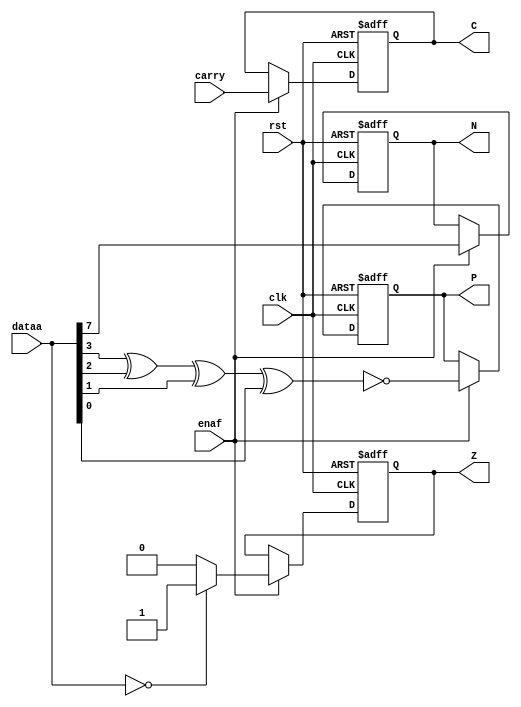
module flag_register
	# ( parameter MAX_WIDTH = 8 )(
	input		wire							clk,
	input		wire							rst,
	input		wire							enaf,
	input		wire	[MAX_WIDTH-1:0]	dataa,
	input		wire							carry,
	output	reg							C,
	output	reg							N,
	output	reg							Z,
	output	reg							P
);

	initial begin
		C = 1'b0;
		N = 1'b0;
		P = 1'b0;
		Z = 1'b0;
	end
	
	always @(posedge clk, posedge rst) begin
		if (rst) begin
			C <= 1'b0;
			N <= 1'b0;
			P <= 1'b0;
			Z <= 1'b0;
		end else if (enaf) begin
			C <= carry;
			N <= dataa[MAX_WIDTH-1];
			P <= ~(dataa[3] ^ dataa[2] ^ dataa[1] ^ dataa[0]);
			Z <= (dataa == 0) ? 1'b1 : 1'b0;
		end
	end

endmodule